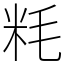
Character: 粍